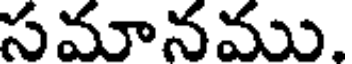
సమానము.